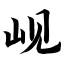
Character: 岘